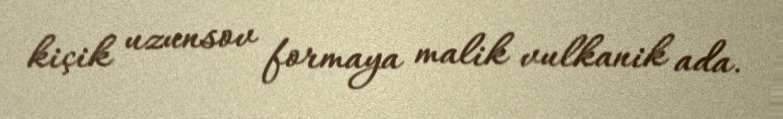
kiçik uzunsov formaya malik vulkanik ada.